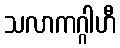
သလာကဂ္ဂါဟီ